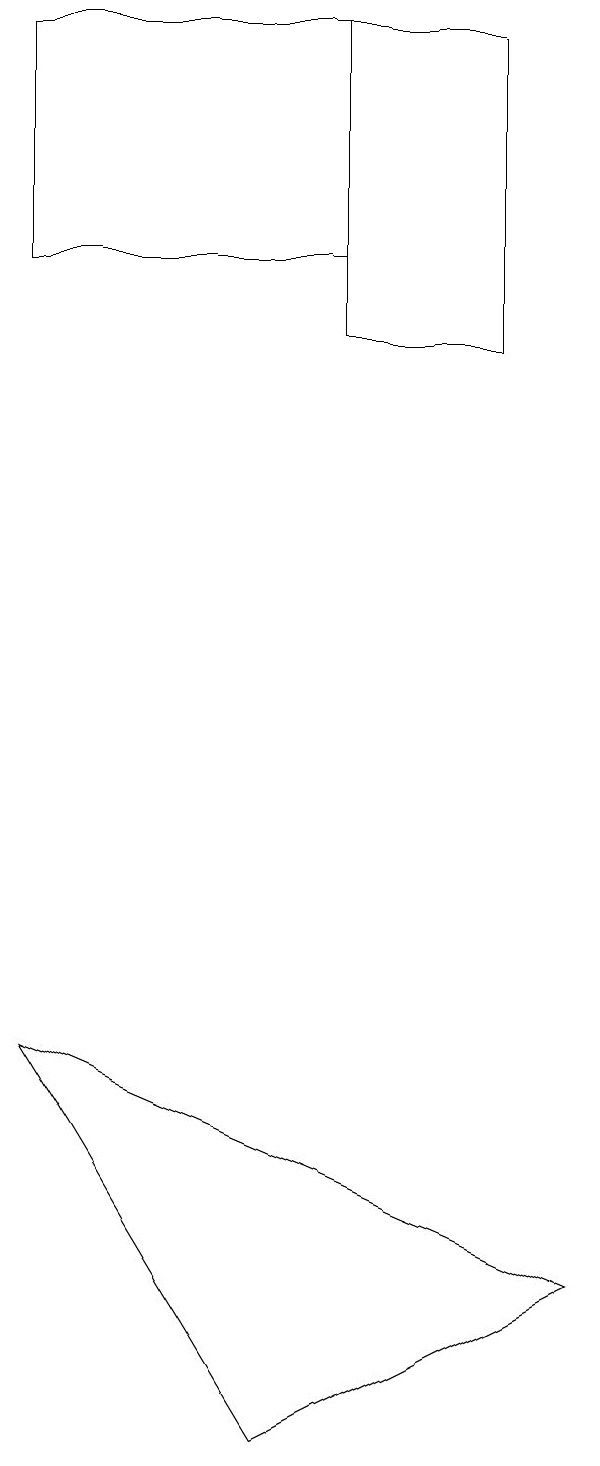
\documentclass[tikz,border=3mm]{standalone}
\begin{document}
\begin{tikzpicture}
\draw (4,18) rectangle (0,15);
\draw (6,14) rectangle (4,18);
\draw (7,2) -- (0,5) -- (3,0) -- cycle;
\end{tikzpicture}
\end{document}